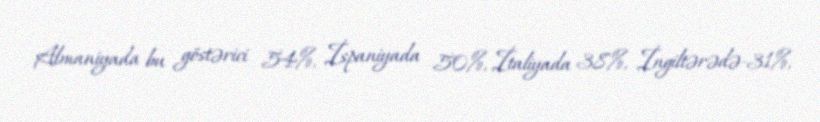
Almaniyada bu göstərici 54%, İspaniyada 50%, İtaliyada 38%, İngiltərədə-31%,